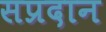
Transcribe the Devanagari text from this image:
सप्रदान